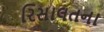
રિસાલતના